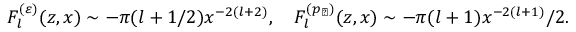
F _ { l } ^ { ( \varepsilon ) } ( z , x ) \sim - \pi ( l + 1 / 2 ) x ^ { - 2 ( l + 2 ) } , \quad F _ { l } ^ { ( p _ { \perp } ) } ( z , x ) \sim - \pi ( l + 1 ) x ^ { - 2 ( l + 1 ) } / 2 .